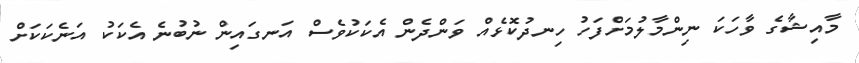
މާއިޝާގެ ވާހަކަ ނިންމާލުމަށްފަހު ހިނދުކޮޅެއް ވަންދެން އެކަކުވެސް އަނގައިން ނުބުނެ އެކަކު އަނެކަކަށް